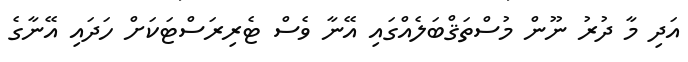
އަދި މާ ދުރު ނޫން މުސްތަޤްބަލެއްގައި އޭނާ ވެސް ޓެރިރަސްޓަކަށް ހަދައި އޭނާގެ